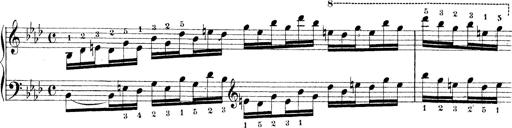
Title: Technische Studien
Composer: Franz Liszt